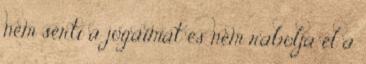
nem sérti a jogaimat és nem rabolja el a